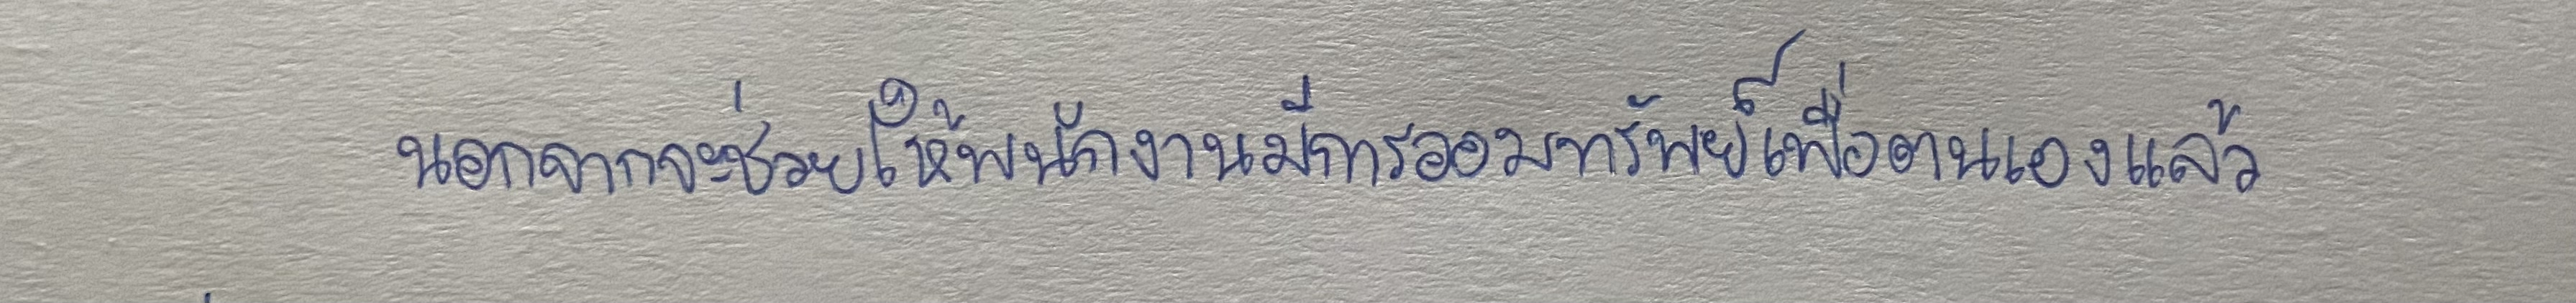
นอกจากจะช่วยให้พนักงานมีการออมทรัพย์เพื่อตนเองแล้ว